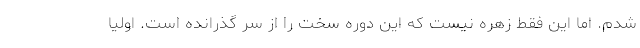
شدم. اما این فقط زهره نیست که این دوره سخت را از سر گذرانده است. اولیا